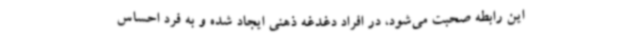
این رابطه صحبت می‌شود، در افراد دغدغه ذهنی ایجاد شده و به فرد احساس